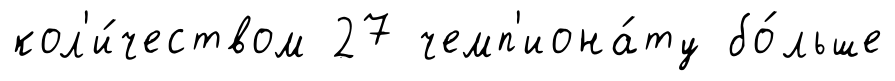
кол'и́чеством 27 чемп'иона́ту бо́льше